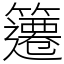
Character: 䉦